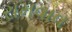
રામવાવ